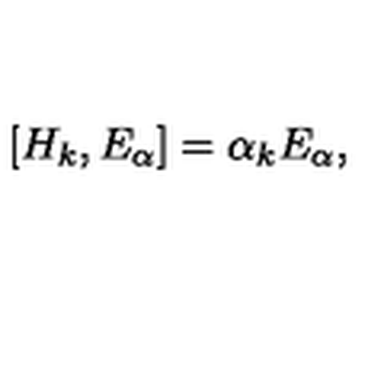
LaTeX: \left[ H _ { k } , E _ { \alpha } \right] = \alpha _ { k } E _ { \alpha } ,